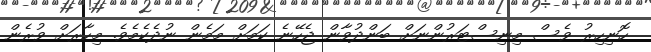
ހޮނިހިރު ވެސް މިނިސްޓަރުންނަށް ބަންދުވާން ޖެހޭނެ ކަމަށް މަމެން ނުދެކެމެވެ. މިހާރަށް ވުރެން